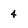
Character: 4